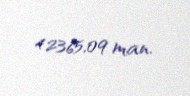
42365,09 man.